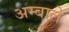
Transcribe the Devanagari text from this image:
अम्बाले